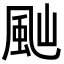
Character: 𩖞